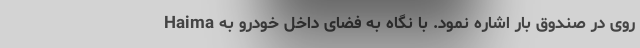
Haima روی درِ صندوقِ بار اشاره نمود. با نگاه به فضای داخل خودرو به